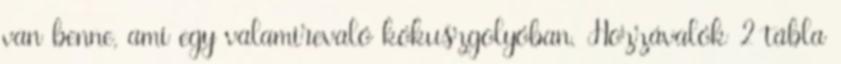
van benne, ami egy valamirevaló kókuszgolyóban. Hozzávalók 2 tábla